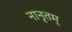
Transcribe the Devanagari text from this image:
नानृतम्